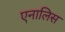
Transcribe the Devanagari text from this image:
एनालिस